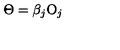
\Theta = \beta _ { j } \mathrm { O } _ { j }